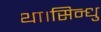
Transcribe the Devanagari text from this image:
था।सिन्धु